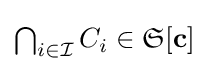
{\textstyle \bigcap _{i\in {\mathcal {I}}}C_{i}\in {\mathfrak {S}}[\mathbf {c} ]}